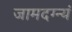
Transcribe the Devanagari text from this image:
जामदग्न्यं